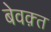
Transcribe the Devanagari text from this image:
बेवक़्त